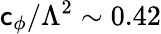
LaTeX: \mathsf{c}_{\phi}/\Lambda^{2}\sim0.42